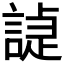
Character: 𧪌